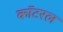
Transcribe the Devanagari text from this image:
कॉटरल